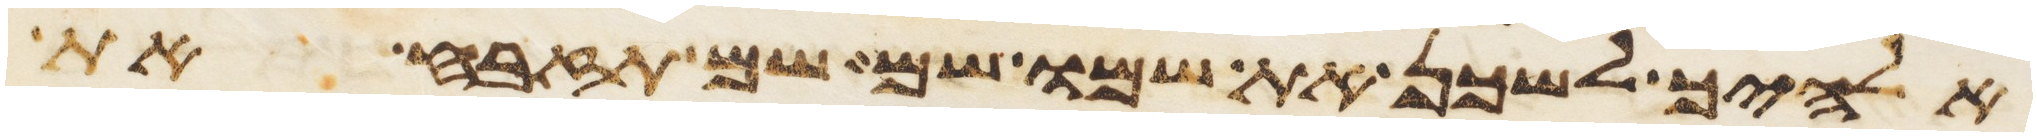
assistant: אלהיך לשכן את שמו שם שם תזבח את